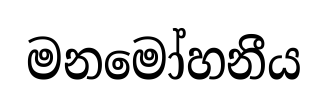
මනමෝහනීය